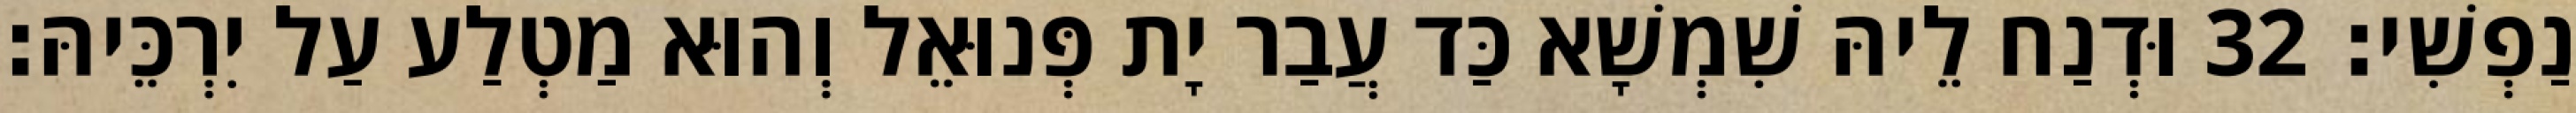
נַפְשִׁי׃ 32 וּדְנַח לֵיהּ שִׁמְשָׁא כַּד עֲבַר יָת פְּנוּאֵל וְהוּא מַטְלַע עַל יִרְכֵּיהּ׃